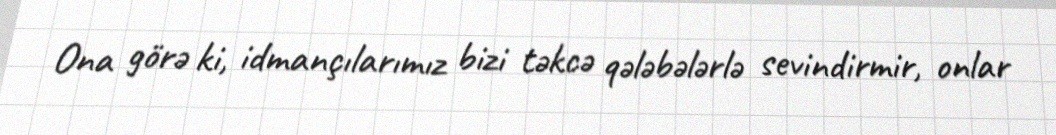
Ona görə ki, idmançılarımız bizi təkcə qələbələrlə sevindirmir, onlar